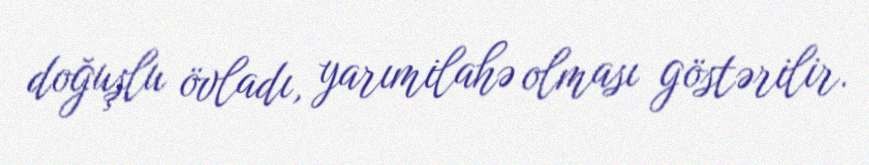
doğuşlu övladı, yarımilahə olması göstərilir.